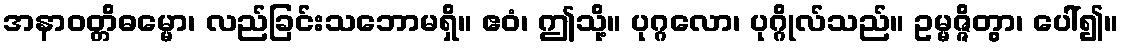
အနာဝတ္တိဓမ္မော၊ လည်ခြင်းသဘောမရှိ။ ဧဝံ၊ ဤသို့။ ပုဂ္ဂလော၊ ပုဂ္ဂိုလ်သည်။ ဥမ္မဇ္ဇိတွာ၊ ပေါ်၍။